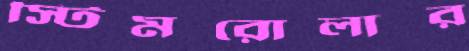
স্টিমরোলার